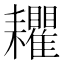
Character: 𦔬